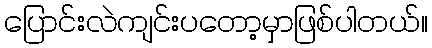
ပြောင်းလဲကျင်းပတော့မှာဖြစ်ပါတယ်။